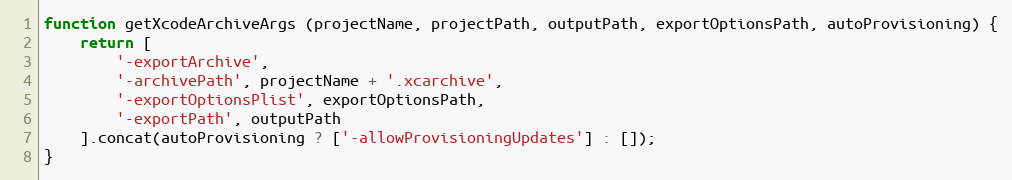
Language: JavaScript
function getXcodeArchiveArgs (projectName, projectPath, outputPath, exportOptionsPath, autoProvisioning) {
    return [
        '-exportArchive',
        '-archivePath', projectName + '.xcarchive',
        '-exportOptionsPlist', exportOptionsPath,
        '-exportPath', outputPath
    ].concat(autoProvisioning ? ['-allowProvisioningUpdates'] : []);
}